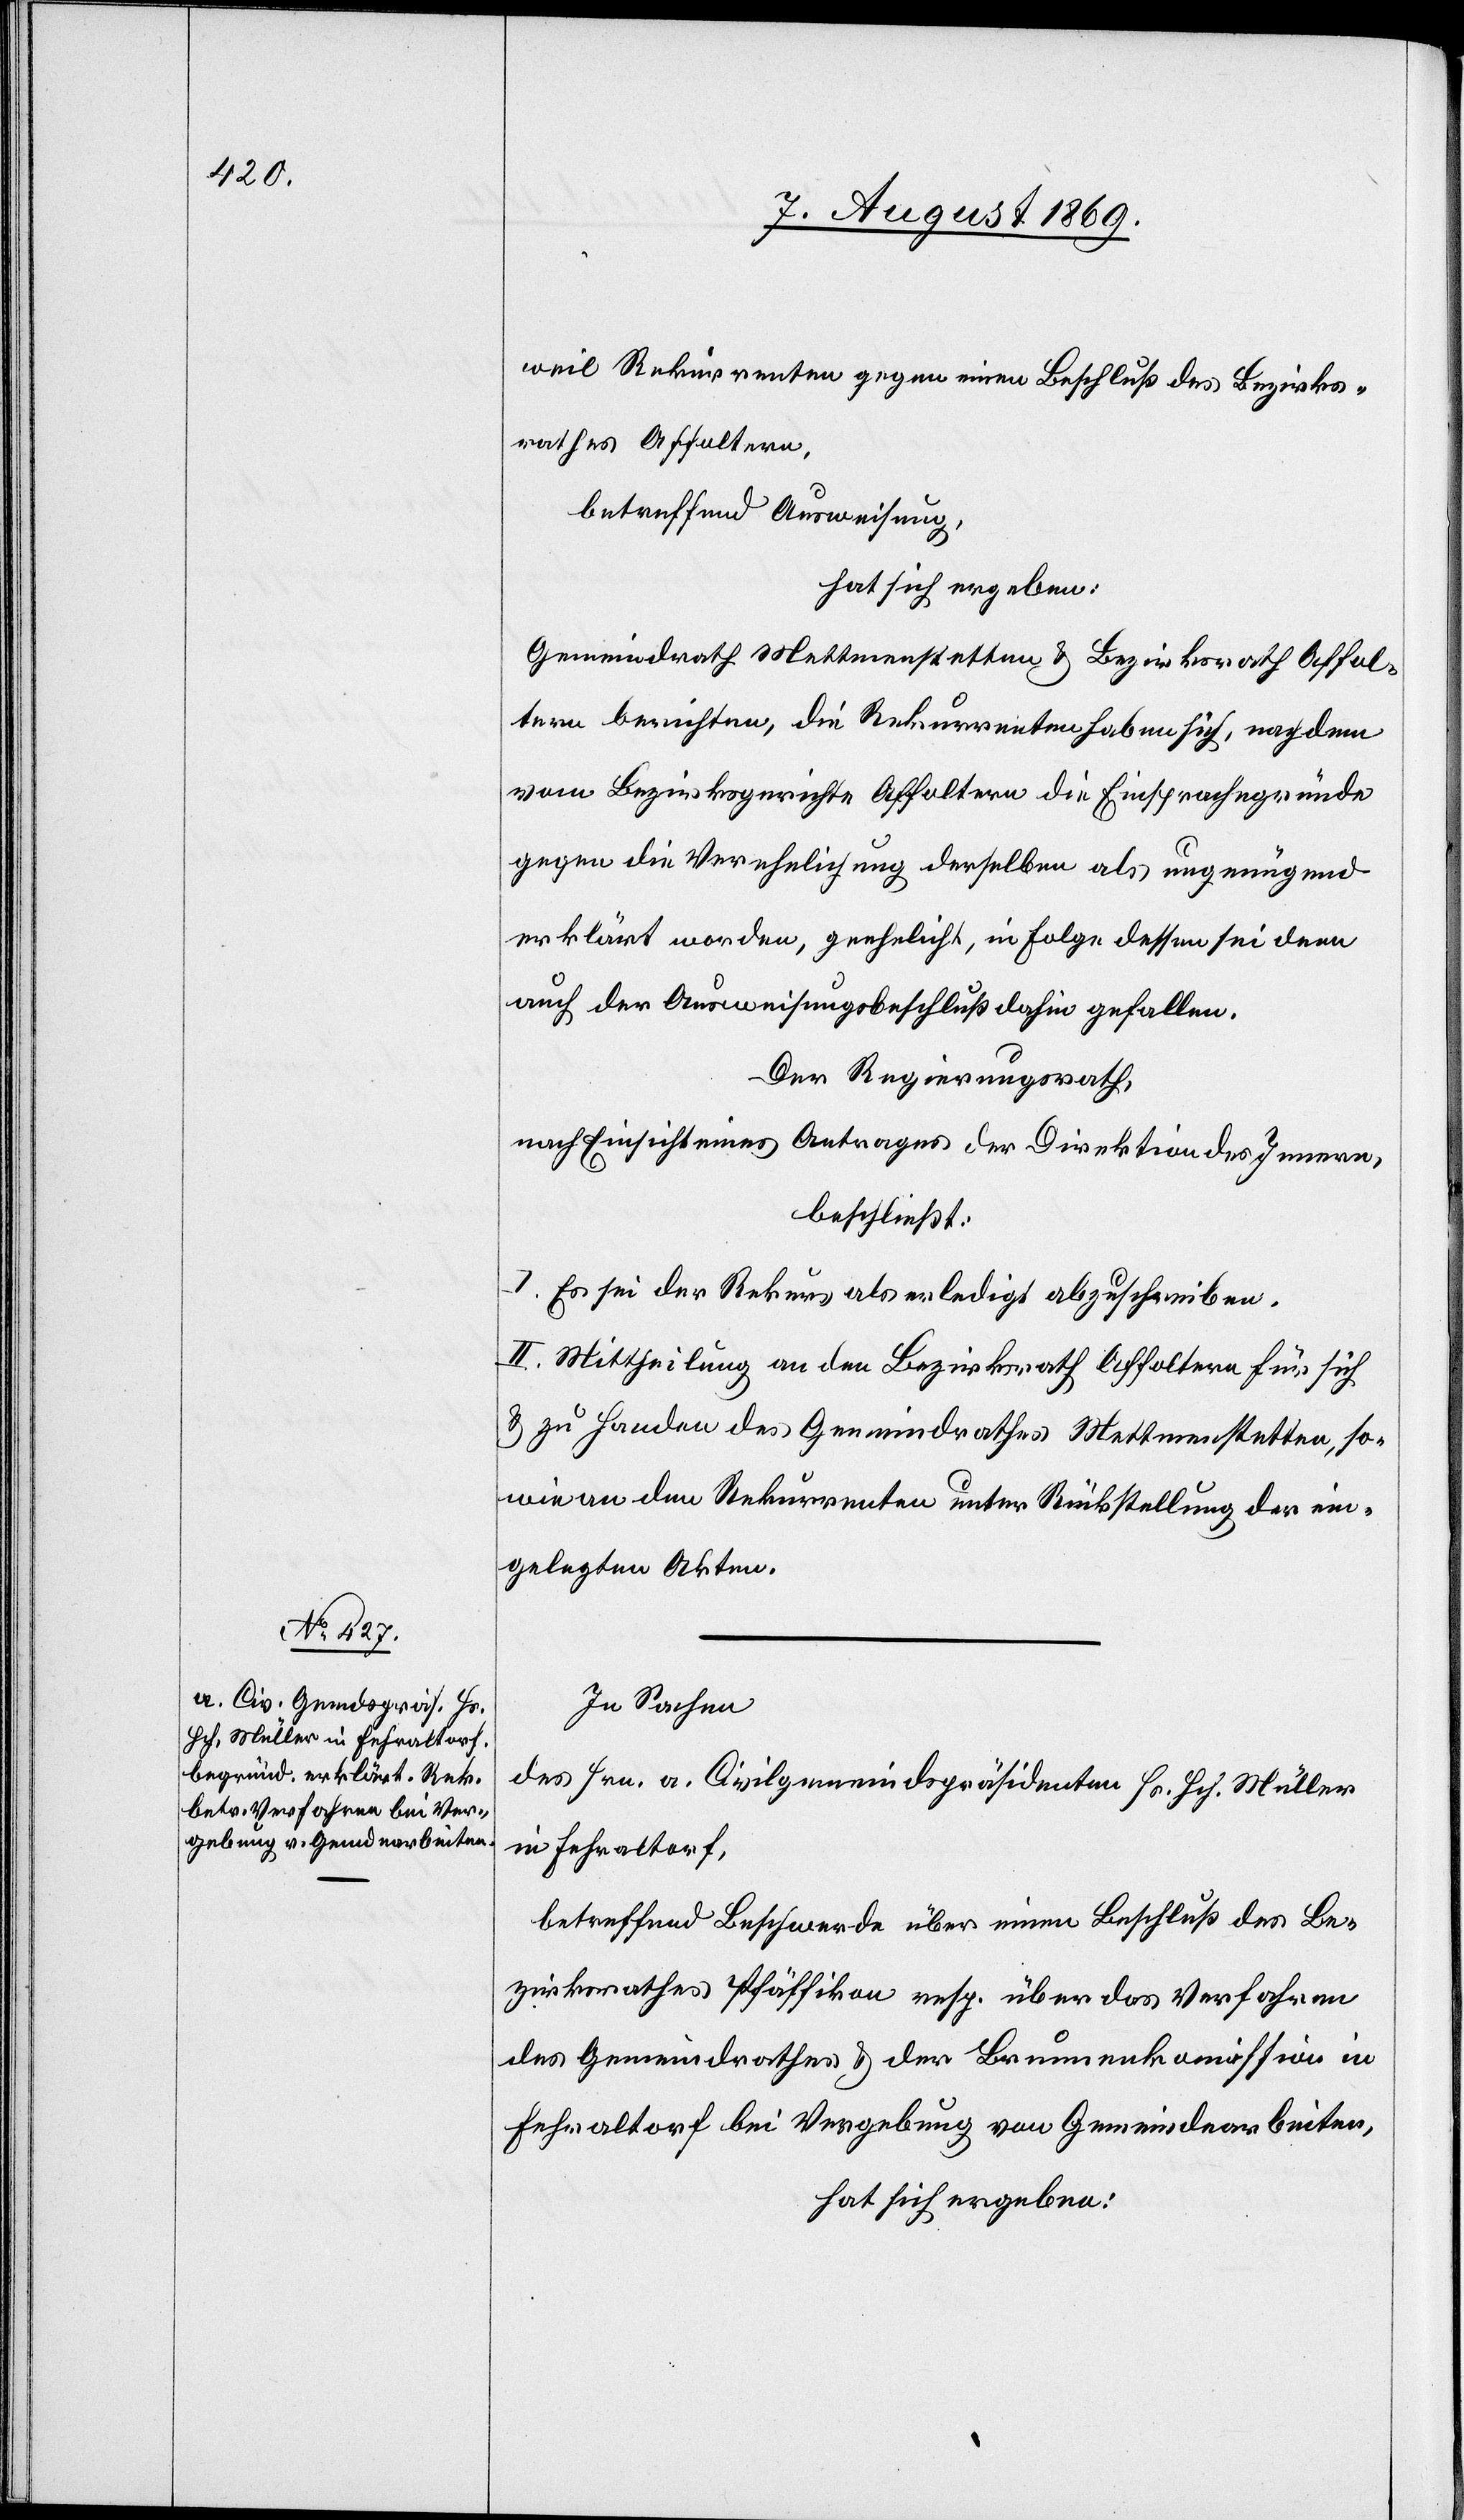
weil Rekurrenten gegen einen Beschluß des Bezirks¬
rathes Affoltern,
betreffend Ausweisung,
hat sich ergeben:
Gemeindrath Mettmenstetten & Bezirksrath Affol¬
tern berichten, die Rekurrenten haben sich, nachdem
vom Bezirksgerichte Affoltern die Einsprachegründe
gegen die Verehelichung derselben als ungenügend
erklärt worden, geehelicht, in Folge dessen sei denn
auch der Ausweisungsbeschluß dahin gefallen.
Der Regierungsrath,
nach Einsicht eines Antrages der Direktion des Innern,
beschließt:
I. Es sei der Rekurs als erledigt abzuschreiben.
II. Mittheilung an den Bezirksrath Affoltern für sich
& zu Handen des Gemeindrathes Mettmenstetten, so¬
wie an den Rekurrenten unter Rückstellung der ein¬
gelegten Akten.
In Sachen
des Hrn. a. Civilgemeindspräsidenten Hs. Hch. Müller
in Fehraltorf,
betreffend Beschwerde über einen Beschluß des Be¬
zirksrathes Pfäffikon & der Brunnenkommission
Fehraltorf bei Vergebung von Gemeindearbeiten,
hat sich ergeben: